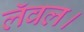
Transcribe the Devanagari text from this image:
लॅवल।